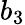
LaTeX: b_{3}